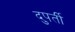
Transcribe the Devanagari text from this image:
दुपर्ती